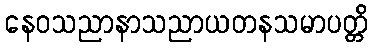
နေဝသညာနာသညာယတနသမာပတ္တိ